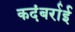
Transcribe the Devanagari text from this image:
कदंबर्राई